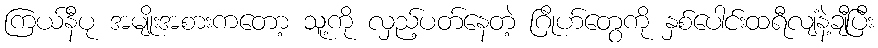
ကြယ်နီပု အမျိုးအစားကတော့ သူ့ကို လှည့်ပတ်နေတဲ့ ဂြိုဟ်တွေကို နှစ်ပေါင်းထရီလျံနဲ့ချီပြီး